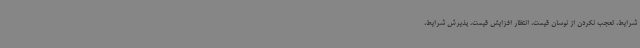
شرایط، تعجب نکردن از نوسان قیمت، انتظار افزایش قیمت، پذیرش شرایط،